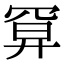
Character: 𢍔